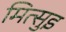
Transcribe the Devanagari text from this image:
मित्सुइ